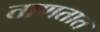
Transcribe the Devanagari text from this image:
ताणतात